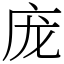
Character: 庞